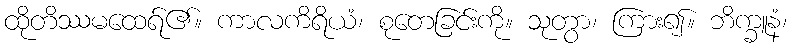
ထိုတိဿမထေရ်၏။ ကာလကိရိယံ၊ စုတေခြင်းကို။ သုတွာ၊ ကြား၍။ ဘိက္ခူနံ၊